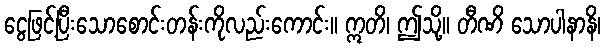
ငွေဖြင့်ပြီးသောစောင်းတန်းကိုလည်းကောင်း။ ဣတိ၊ ဤသို့။ တီဏိ သောပါနာနိ၊